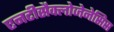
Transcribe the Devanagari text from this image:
एनटीसैक्लोजेनेसिस